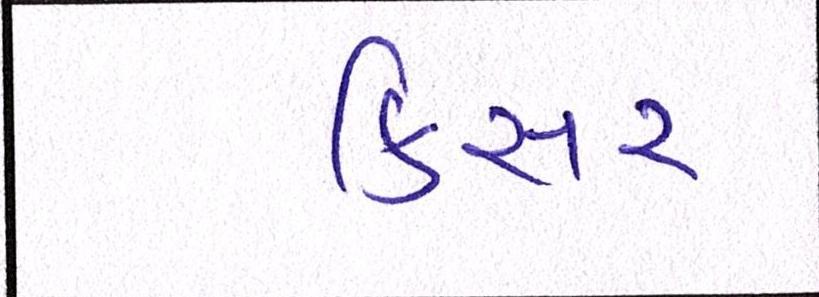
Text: કિસર